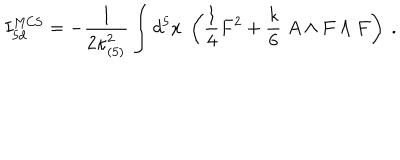
I _ { 5 d } ^ { \mathrm { M C S } } = - { \frac { 1 } { 2 \kappa _ { ( 5 ) } ^ { 2 } } } \int d ^ { 5 } x \; \left( { \frac { 1 } { 4 } } F ^ { 2 } + { \frac { k } { 6 } } \; A \wedge F \wedge F \right) \ .